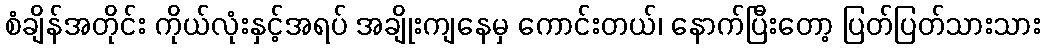
စံချိန်အတိုင်း ကိုယ်လုံးနှင့်အရပ် အချိုးကျနေမှ ကောင်းတယ်၊ နောက်ပြီးတော့ ပြတ်ပြတ်သားသား